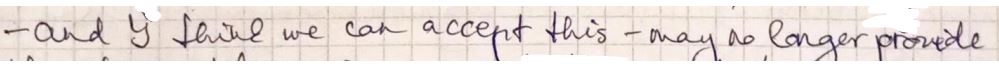
-and I think we can accept this - may no longer provide